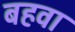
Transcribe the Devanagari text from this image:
बहवा